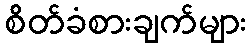
စိတ်ခံစားချက်များ